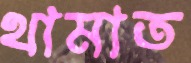
থামাত